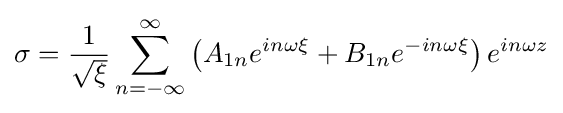
\sigma ={\frac {1}{\sqrt {\xi }}}\sum _{n=-\infty }^{\infty }\left(A_{1n}e^{in\omega \xi }+B_{1n}e^{-in\omega \xi }\right)e^{in\omega z}